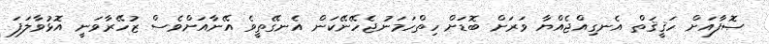
ޞޮފާއަށް ހަޤީޤަތް އެނގިއްޖެއްޔާ ވަރަށް ބޮޑަށް ހިތްހަމަނުޖެހޭނޭކަން އެނގޭތީވެ އޭނާއަށްވެސް ޒުހޭރާވަނީ އޮޅުވާލަފަ